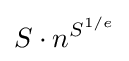
S\cdot n^{S^{1/e}}